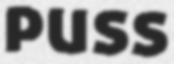
PUSS